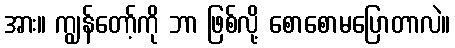
အား။ ကျွန်တော့်ကို ဘာ ဖြစ်လို့ စောစောမပြောတာလဲ။